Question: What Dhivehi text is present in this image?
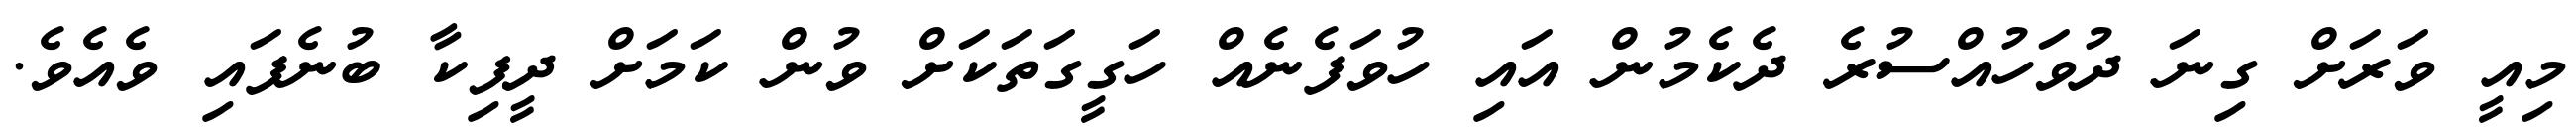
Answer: މިއީ ވަރަށް ގިނަ ދުވަހުއްސުރެ ދެކެމުން އައި ހުވަފެނެއް ހަގީގަތަކަށް ވުން ކަމަށް ދީޕިކާ ބުނެފައި ވެއެވެ.